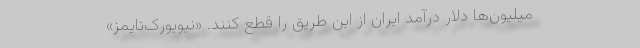
میلیون‌ها دلار درآمد ایران از این طریق را قطع کنند. «نیویورک‌تایمز»